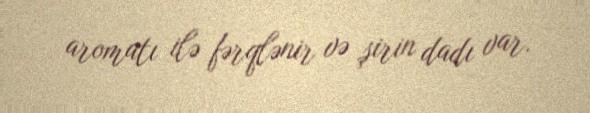
aromatı ilə fərqlənir və şirin dadı var.